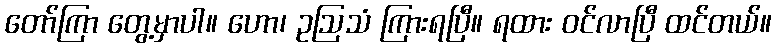
တော်ကြာ တွေ့မှာပါ။ ဟော၊ ဥဩသံ ကြားရပြီ။ ရထား ဝင်လာပြီ ထင်တယ်။